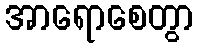
အာရောစေတွာ